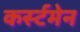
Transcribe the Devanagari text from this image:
कर्स्टमेन